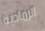
الرمادية